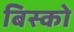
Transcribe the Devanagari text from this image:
बिस्को